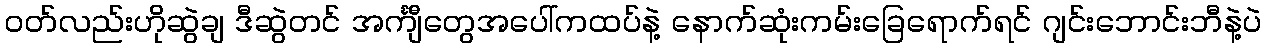
ဝတ်လည်းဟိုဆွဲချ ဒီဆွဲတင် အင်္ကျီတွေအပေါ်ကထပ်နဲ့ နောက်ဆုံးကမ်းခြေရောက်ရင် ဂျင်းဘောင်းဘီနဲ့ပဲ